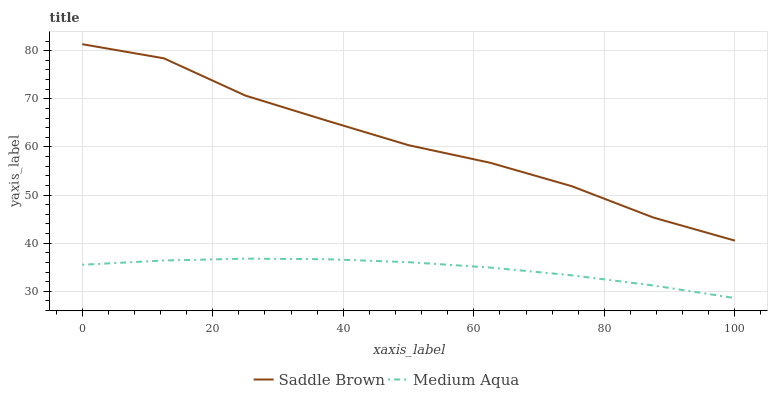
| xaxis_label | Saddle Brown | Medium Aqua |
 | --- | --- | --- |
 | 0 | 81.3 | 35.5 |
 | 12.5 | 78.4 | 36.4 |
 | 25 | 70.7 | 36.8 |
 | 37.5 | 65.4 | 36.7 |
 | 50 | 60.4 | 36.1 |
 | 62.5 | 56.7 | 34.9 |
 | 75 | 51.8 | 33.3 |
 | 87.5 | 45.3 | 31.2 |
 | 100 | 40.5 | 28.6 |